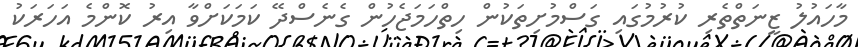
މާހައުލު ޒީނަތްތެރި ކުރުމުގައި ގަސްމުށިތަކުން ހިތްހަމަޖެހުން ގެނެސްދޭ ކަމަކަށްވާ އިރު ކޮންމެ އަހަރަކު